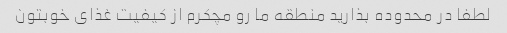
لطفا در محدوده بذارید منطقه ما رو مچکرم از کیفیت غذای خوبتون